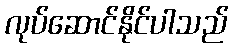
လုပ်ဆောင်နိုင်ပါသည်